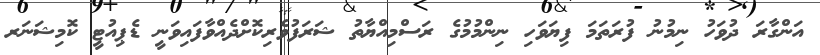
އަންގާރަ ދުވަހު ނިމުނު ފުރަތަމަ ފިޔަވަހި ނިންމުމުގެ ރަސްމިއްޔާތު ޝަރަފުވެރިކޮށްދެއްވާފައިވަނީ ޑެޕިއުޓީ ކޮމިޝަނަރ